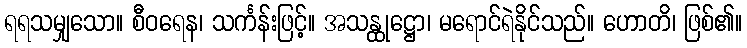
ရရသမျှသော။ စီဝရေန၊ သင်္ကန်းဖြင့်။ အသန္ထုဋ္ဌော၊ မရောင်ရဲနိုင်သည်။ ဟောတိ၊ ဖြစ်၏။